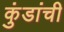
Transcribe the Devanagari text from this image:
कुंडांची